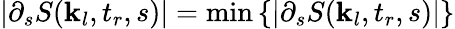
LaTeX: \left|\partial_{s}S(\textbf{k}_{l},t_{r},s)\right|=\operatorname*{min}\left\{ \left|\partial_{s}S(\textbf{k}_{l},t_{r},s)\right|\right\}